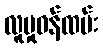
လူမှုဝန်ထမ်း